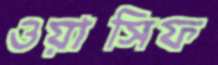
ওয়াসিফ